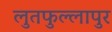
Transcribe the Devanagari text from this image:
लुतफुल्लापुर